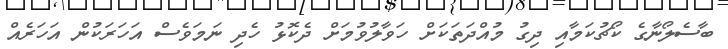
ބާސެލޯނާގެ ކޯޗުކަމާއި ދިގު މުއްދަތަކަށް ހަވާލުވުމަށް ދެކޮޅު ހެދި ނަމަވެސް އަހަރަކުން އަހަރެއް